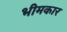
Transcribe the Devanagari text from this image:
भीमकार